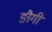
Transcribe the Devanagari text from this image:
ङौगी